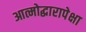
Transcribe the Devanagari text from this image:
आत्मोद्धारापेक्षा